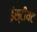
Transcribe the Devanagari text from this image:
इंस्टीयट